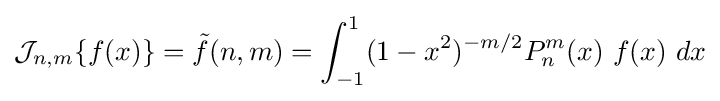
{\mathcal {J}}_{n,m}\{f(x)\}={\tilde {f}}(n,m)=\int _{-1}^{1}(1-x^{2})^{-m/2}P_{n}^{m}(x)\ f(x)\ dx